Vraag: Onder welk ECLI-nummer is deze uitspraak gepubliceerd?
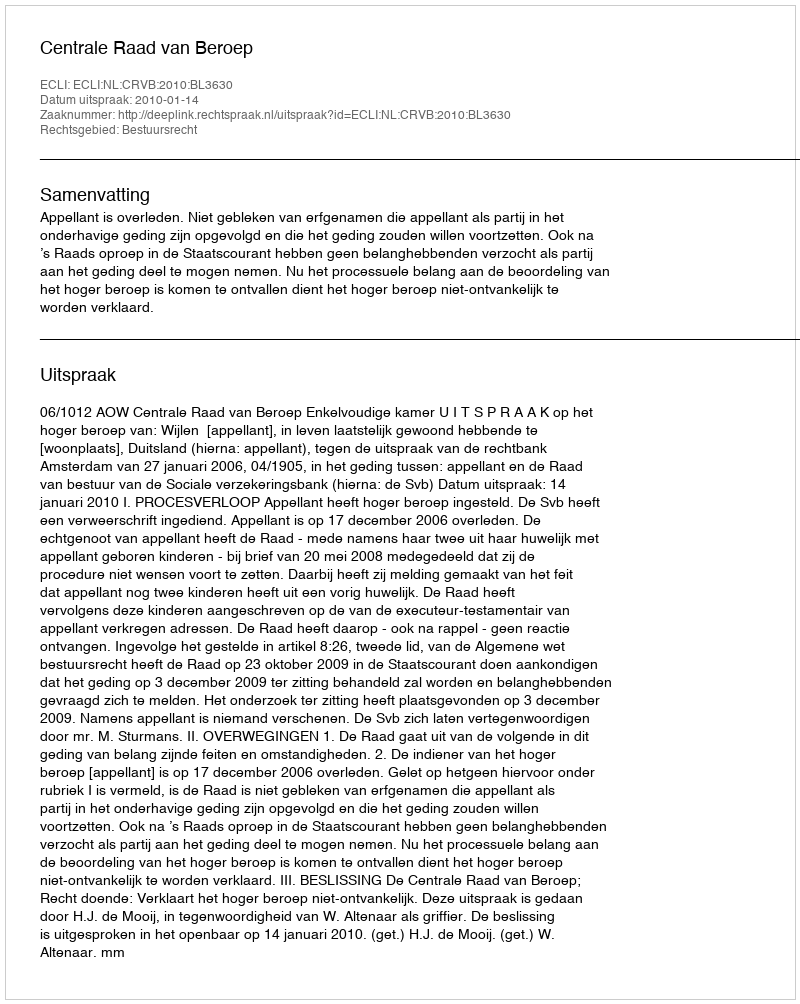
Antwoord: ECLI:NL:CRVB:2010:BL3630